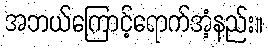
အဘယ်ကြောင့်ရောက်အံ့နည်း။